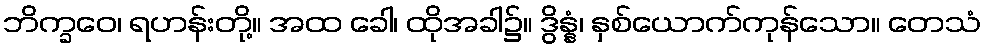
ဘိက္ခဝေ၊ ရဟန်းတို့။ အထ ခေါ၊ ထိုအခါ၌။ ဒွိန္နံ၊ နှစ်ယောက်ကုန်သော။ တေသံ